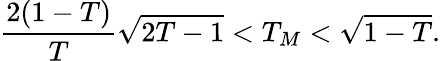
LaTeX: \frac{2(1-T)}{T}\sqrt{2T-1}<T_{M}<\sqrt{1-T}.